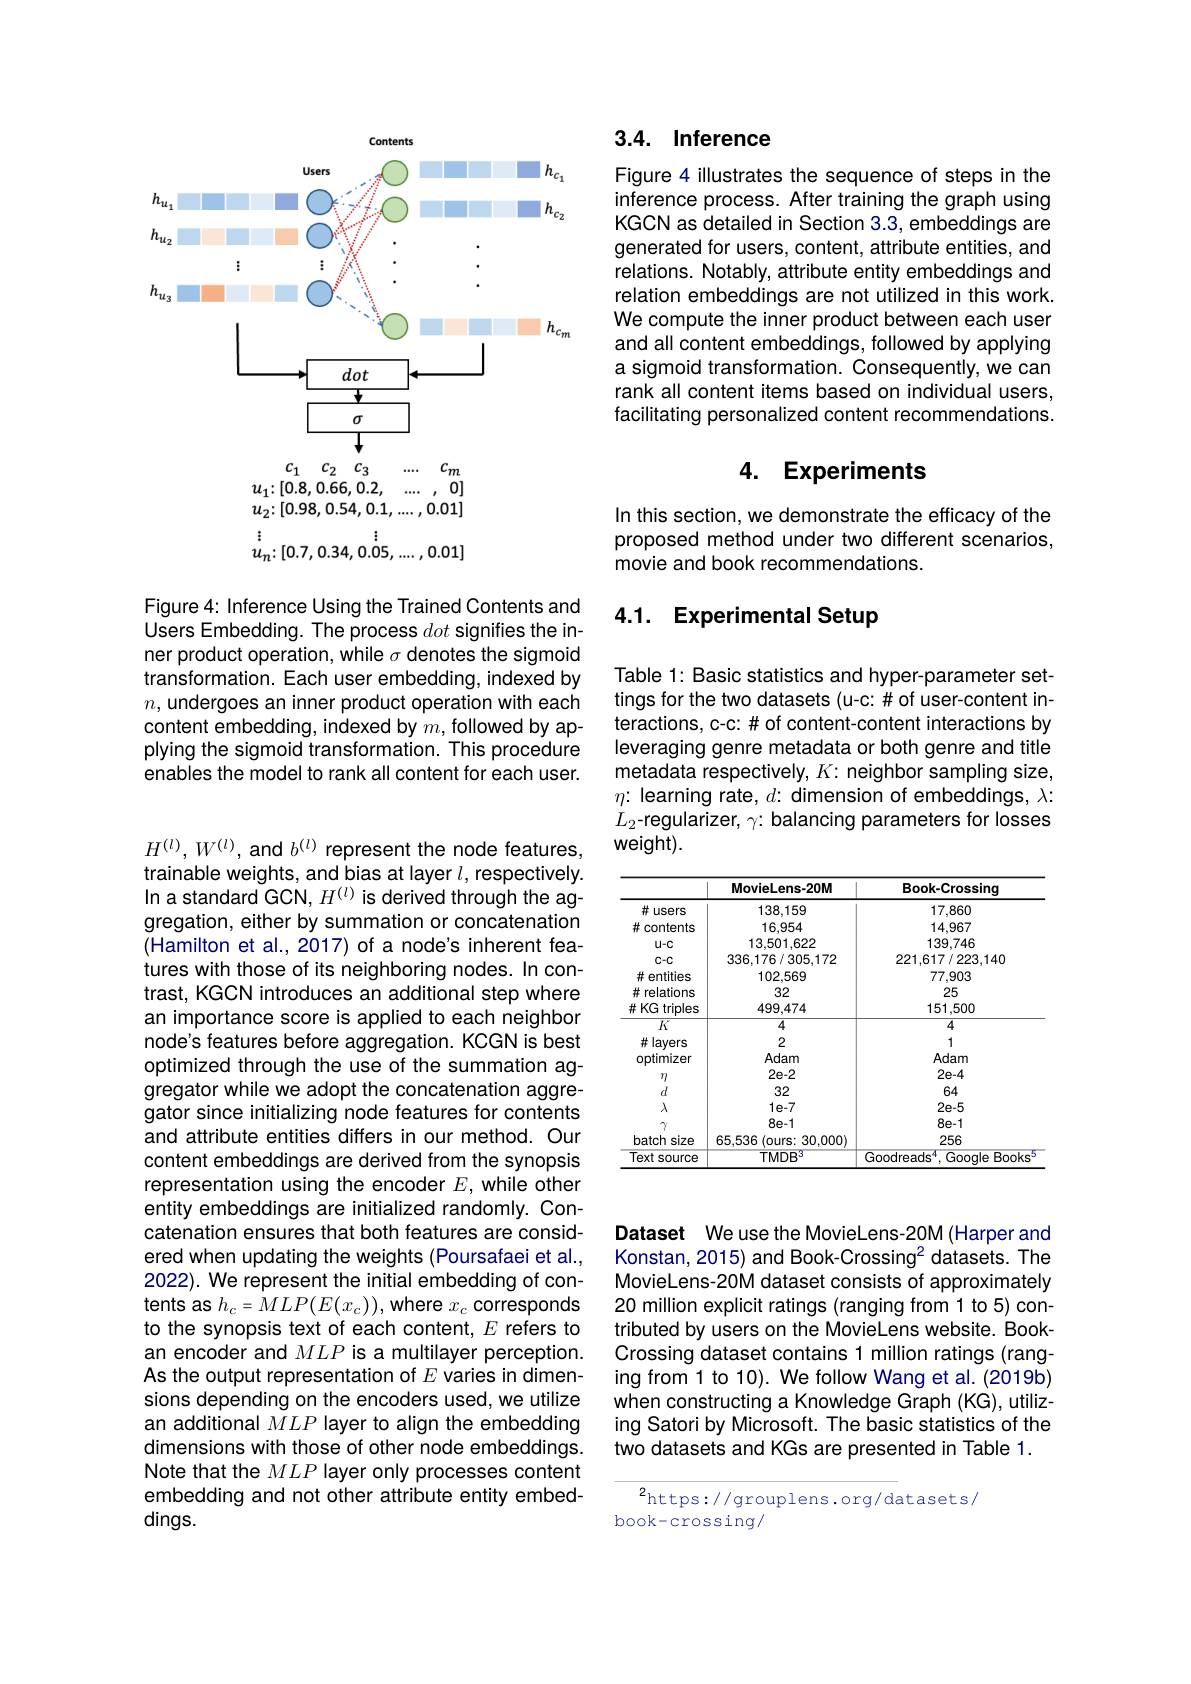
<FigureHere>

Figure 4: Inference Using the Trained Contents and Users Embedding. The process dot signifies the inner product operation, while $\sigma$ denotes the sigmoid transformation. Each user embedding, indexed by $n$,undergoes an inner product operation with each content embedding, indexed by $m$, followed by applying the sigmoid transformation. This procedure enables the model to rank all content for each user.

$H^{(l)},W^{(l)}$, and $b^{(l)}$ represent the node features, trainable weights, and bias at layer $l$, respectively In a standard GCN, $H^{(l)}$ is derived through the aggregation, either by summation or concatenation (Hamilton et al., 2017) of a node's inherent features with those of its neighboring nodes. In contrast, KGCN introduces an additional step where an importance score is applied to each neighbor node's features before aggregation. KCGN is best optimized through the use of the summation aggregator while we adopt the concatenation aggregator since initializing node features for contents and attribute entities differs in our method. Our content embeddings are derived from the synopsis representation using the encoder $E$, while other entity embeddings are initialized randomly. Concatenation ensures that both features are considered when updating the weights (Poursafaei et al., 2022). We represent the initial embedding of contents as $h_{c}=MLP(E(x_{c}))$,where $x_{c}$ corresponds to the synopsis text of each content, $E$ refers to an encoder and $MLP$ is a multilayer perception. As the output representation of $E$ varies in dimensions depending on the encoders used, we utilize an additional $MLP$ layer to align the embedding dimensions with those of other node embeddings. Note that the $MLP$ layer only processes content embedding and not other attribute entity embeddings.

## 3.4. Inference

Figure 4 illustrates the sequence of steps in the inference process. After training the graph using KGCN as detailed in Section 3.3, embeddings are generated for users, content, attribute entities, and relations. Notably, attribute entity embeddings and relation embeddings are not utilized in this work We compute the inner product between each user and all content embeddings, followed by applying a sigmoid transformation. Consequently, we can rank all content items based on individual users, facilitating personalized content recommendations.

### 4. Experiments

In this section, we demonstrate the efficacy of the proposed method under two different scenarios, movie and book recommendations.

## 4.1. Experimental Setup

Table 1: Basic statistics and hyper-parameter settings for the two datasets (u-c: # 0f user-content interactions, c-c: # t of content-content interactions by leveraging genre metadata or both genre and title metadata respectively, $K:$ neighbor sampling size, $\eta{:}$ learning rate, $d{:}$ dimension of embeddings, $\lambda{:}$ $L_{2}$-regularizer, $\gamma{:}$ balancing parameters for losses $weight).$

<table>
	<tbody>
		<tr>
			<th> </th>
			<th>MovieLens-20M</th>
			<th>Book-Crossing</th>
		</tr>
		<tr>
			<td>井い users</td>
			<td>138,159</td>
			<td>17,860</td>
		</tr>
		<tr>
			<td>#contents</td>
			<td>16,954</td>
			<td>14,967</td>
		</tr>
		<tr>
			<td>$U-C$</td>
			<td>13,501,622</td>
			<td>139,746</td>
		</tr>
		<tr>
			<td>$C-C$</td>
			<td>336.176/305,172</td>
			<td>221.617/223.140</td>
		</tr>
		<tr>
			<td>$\#\epsilon$ entities</td>
			<td>102,569</td>
			<td>77.903</td>
		</tr>
		<tr>
			<td>花 relations</td>
			<td>32</td>
			<td>25</td>
		</tr>
		<tr>
			<td>$\#KG$ triples</td>
			<td>499,474</td>
			<td>151,500</td>
		</tr>
		<tr>
			<td>$\overline{K}$</td>
			<td>$\overline{4}$</td>
			<td>$\overline{4}$</td>
		</tr>
		<tr>
			<td>#layers</td>
			<td>2</td>
			<td>1</td>
		</tr>
		<tr>
			<td>optimizer</td>
			<td>Adam</td>
			<td>Adam</td>
		</tr>
		<tr>
			<td>$\eta$</td>
			<td>$2e-2$</td>
			<td>$2e-4$</td>
		</tr>
		<tr>
			<td>$d$</td>
			<td>32</td>
			<td>64</td>
		</tr>
		<tr>
			<td>$\lambda$</td>
			<td>$1e-7$</td>
			<td>$2e-5$</td>
		</tr>
		<tr>
			<td>N</td>
			<td>$8e-1$</td>
			<td>$8e-1$</td>
		</tr>
		<tr>
			<td>batch size 1 </td>
			<td>65,536(ours: 30,000)</td>
			<td>256</td>
		</tr>
		<tr>
			<td>Text source</td>
			<td>TMDB 1.</td>
			<td>Goodreads $\because$ Google 2F Books</td>
		</tr>
	</tbody>
</table>

Dataset We use the MovieLens-20M (Harper and Konstan, 2015) and Book-Crossing$^{2}$ datasets. The MovieLens-20M dataset consists of approximately 20 million explicit ratings (ranging from 1 to 5) contributed by users on the MovieLens website. BookCrossing dataset contains 1 million ratings (ranging from 1 to 10). We follow Wang et al. (2019b) when constructing a Knowledge Graph (KG), utilizing Satori by Microsoft. The basic statistics of the two datasets and KGs are presented in Table 1.

$^{2}$https://grouplens.org/datasets/
book-crossing/